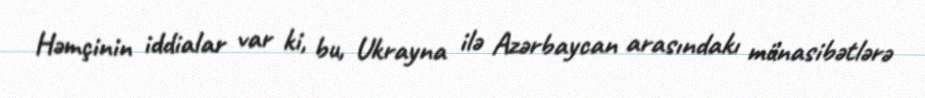
Həmçinin iddialar var ki, bu, Ukrayna ilə Azərbaycan arasındakı münasibətlərə